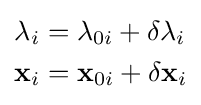
{\begin{aligned}\lambda _{i}&=\lambda _{0i}+\delta \lambda _{i}\\\mathbf {x} _{i}&=\mathbf {x} _{0i}+\delta \mathbf {x} _{i}\end{aligned}}